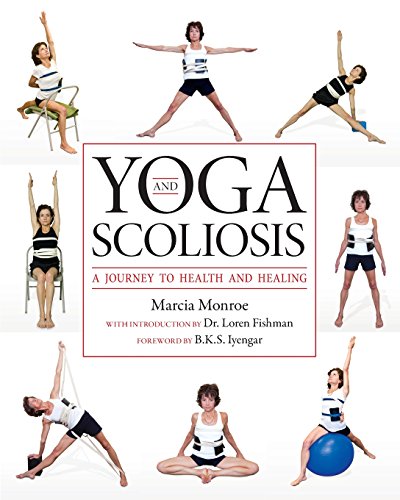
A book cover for Yoga and Scoliosis; Marcia Monroe; Health, Fitness & Dieting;